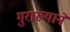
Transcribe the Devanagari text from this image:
गुराख्याने